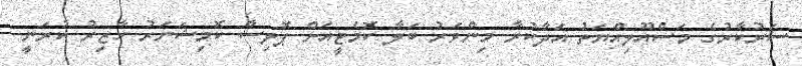
ސަރުކާރުގެ މަސްއޫލިއްޔަތު އަދާކުރާ މިންވަރު ބަލާ ކޮމެޓީއަށް ޕޮލިސް ކޮމިޝަނަރު ހާޒިރު ކުރަނީ